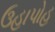
ઉહાપોહ